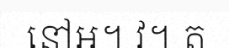
នៅអ។ វ។ ត